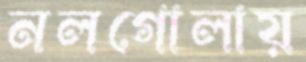
নলগোলায়